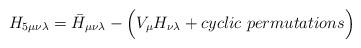
LaTeX: \begin{align*}H_{5\mu\nu\lambda} = \bar H_{\mu\nu\lambda}- \Bigl( V_{\mu} H_{\nu\lambda}+ cyclic ~permutations \Bigr)\end{align*}